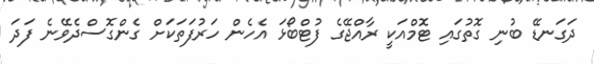
ދަގަނޑޭ ބުނި ގޮތުގައި ޓޮމްއަކީ ރާއްޖޭގެ ފުޓްބޯޅަ އެހެން ހަރުފަތަކަށް ގެންގޮސްދެވޭނެ ފަދަ